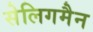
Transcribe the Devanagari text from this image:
सेलिगमैन